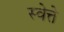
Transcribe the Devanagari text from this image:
स्वेत्ते